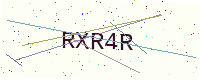
Text: RXR4R